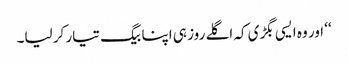
‘‘ اور وہ ایسی بگڑی کہ اگلے روز ہی اپنا بیگ تیار کر لیا۔